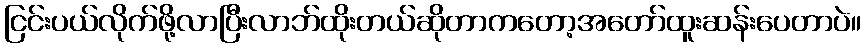
ငြင်းပယ်လိုက်ဖို့လာပြီးလာဘ်ထိုးတယ်ဆိုတာကတော့အတော်ထူးဆန်းပေတာပဲ။